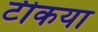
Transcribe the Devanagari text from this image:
टीकया